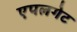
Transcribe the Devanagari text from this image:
एपलगेट